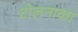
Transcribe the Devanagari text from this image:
टोलनाका